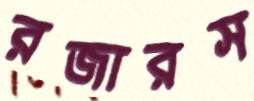
রজারস